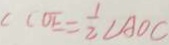
\angle C O E = \frac { 1 } { 2 } \angle A O C